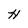
Character: H